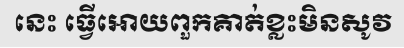
នេះ ធ្វើអោយពួកគាត់ខ្លះមិនសូវ